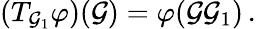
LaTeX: (T_{\mathcal{G}_{1}}\varphi)(\mathcal{G})=\varphi(\mathcal{G}\mathcal{G}_{1})\, .